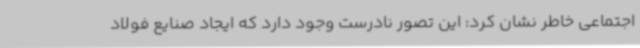
اجتماعی خاطر نشان کرد: این تصور نادرست وجود دارد که ایجاد صنایع فولاد